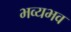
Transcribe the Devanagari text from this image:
भव्यभव